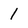
Character: 1